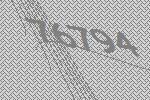
76794